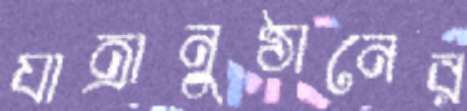
যাত্রানুষ্ঠানের